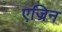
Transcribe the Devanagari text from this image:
एज्रिन